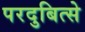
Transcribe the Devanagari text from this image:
परदुबित्से